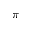
\pi